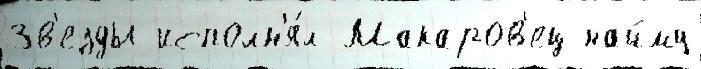
Зв'езды исполн'я́л Макаров'ец найму